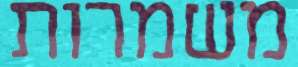
משמרות